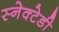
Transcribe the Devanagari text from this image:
स्नेक्टेडी